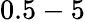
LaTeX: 0.5-5